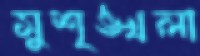
সুশৃঙ্খলা